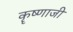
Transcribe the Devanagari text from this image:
कॄष्‍णाजी